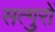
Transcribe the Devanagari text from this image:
सत्गुरों